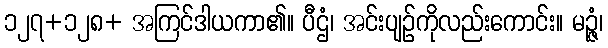
၁၂၇+၁၂၈+ အကြင်ဒါယကာ၏။ ပီဌံ၊ အင်းပျဉ်ကိုလည်းကောင်း။ မဉ္ဇံ၊